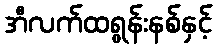
အီလက်ထရွန်းနစ်နှင့်